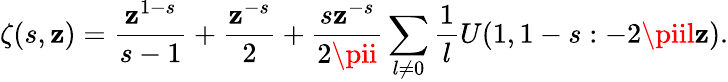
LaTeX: \zeta(s,\mathbf{z})=\frac{{\mathbf{z}^{1-s}}}{{s-1}}+\frac{{\mathbf{z}^{-s}}}{{2}}+\frac{{s\mathbf{z}^{-s}}}{{2\pii}}\sum_{l\ne0}\frac{1}{l}U(1,1-s:-2\piil\mathbf{z}).